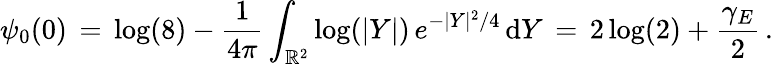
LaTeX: \psi_{0}(0)\, =\, \log(8)-\frac{1}{4\pi}\int_{\mathbb{R}^{2}}\log(|Y|)\, e^{-|Y|^{2}/4}\, \mathrm{d}Y\, =\, 2\log(2)+\frac{\gamma_{E}}{2}\, .